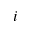
i